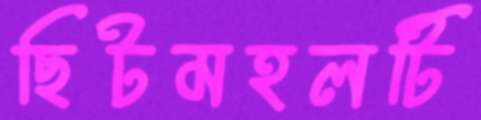
ছিটমহলটি